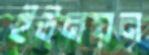
ইউনয়ন